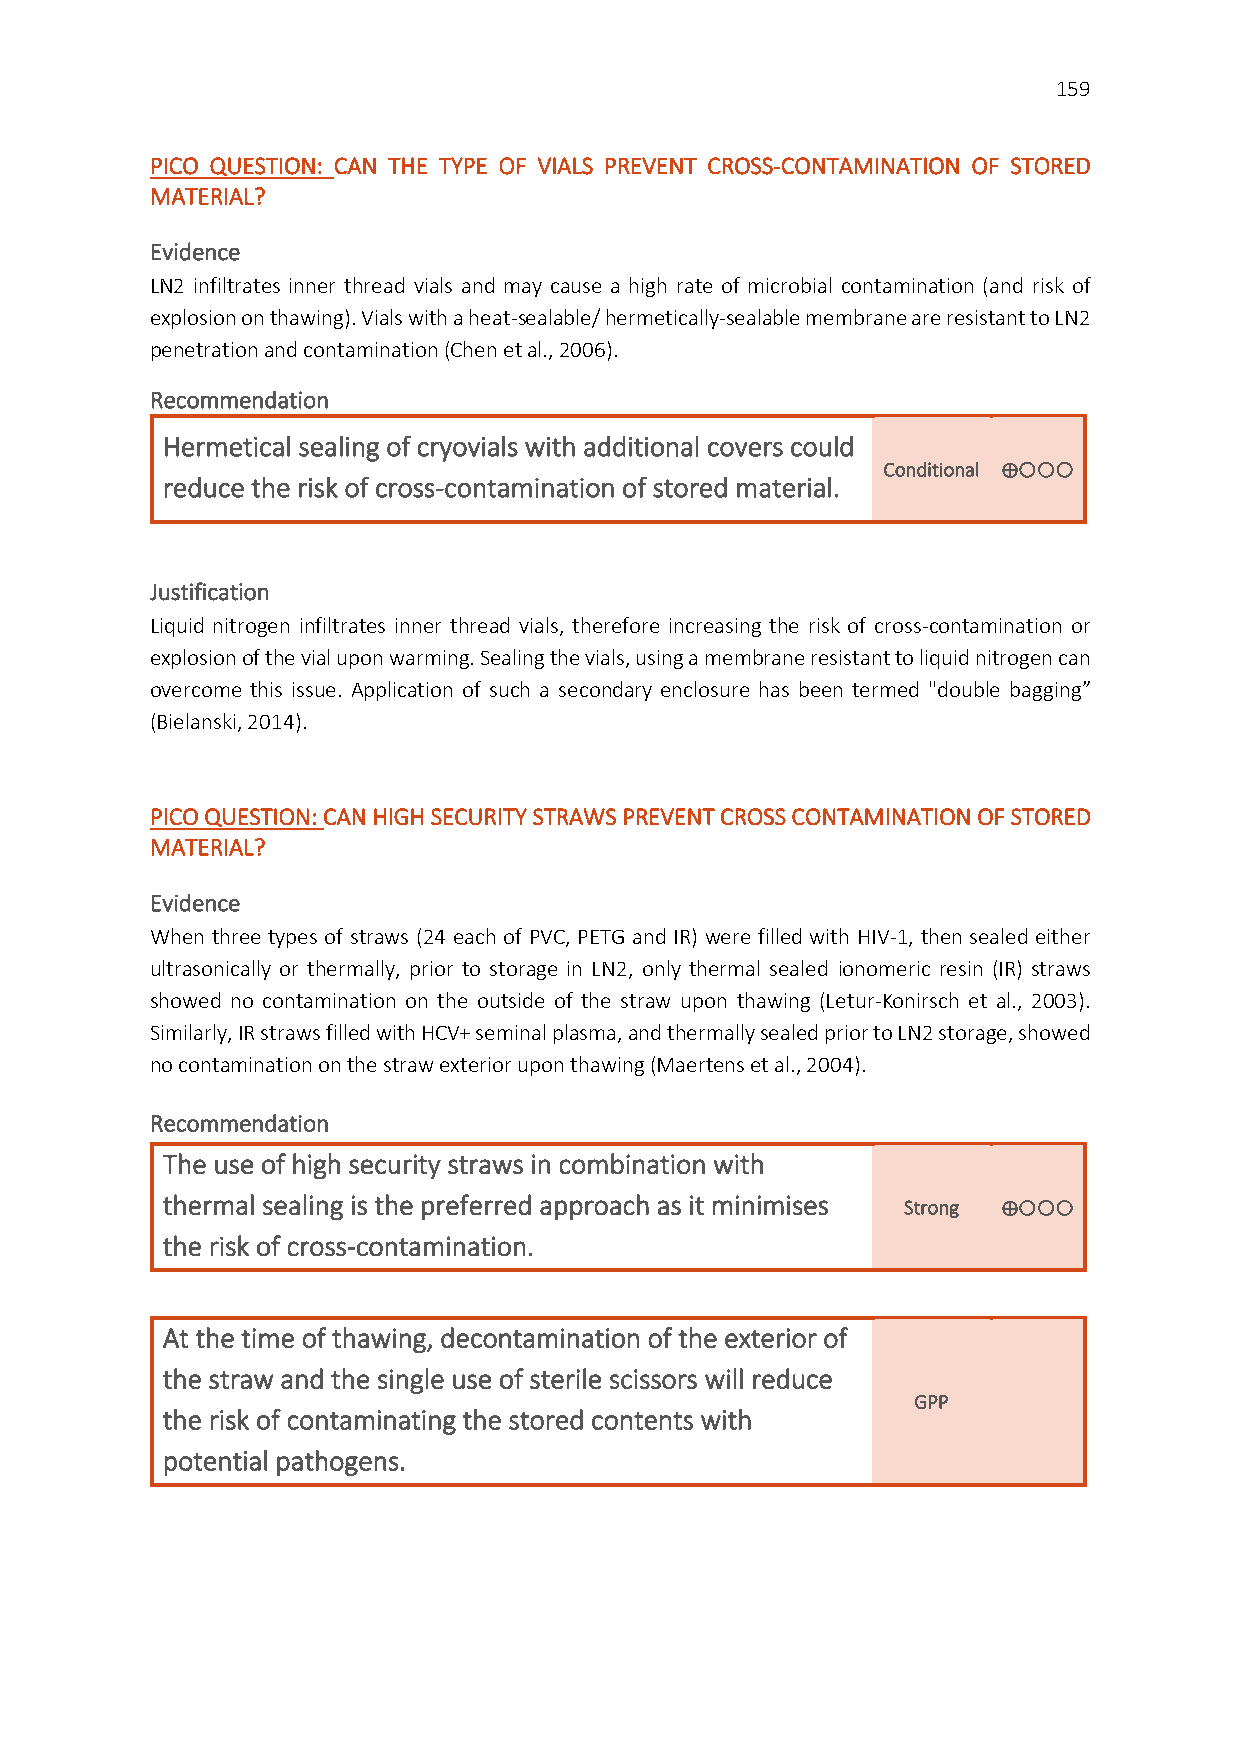
159
 PICO QUESTION: CAN THE TYPE OF VIALS PREVENT CROSS-CONTAMINATION OF STORED
 MATERIAL?
 Evidence
 LN2 infiltrates inner thread vials and may cause a high rate of microbial contamination (and risk of
 explosion on thawing). Vials with a heat-sealable/ hermetically-sealable membrane are resistant to LN2
 penetration and contamination (Chen et al., 2006).
 Recommendation
 Hermetical sealing of cryovials with additional covers could
 Conditional ⊕
 reduce the risk of cross-contamination of stored material.
 Justification
 Liquid nitrogen infiltrates inner thread vials, therefore increasing the risk of cross-contamination or
 explosion of the vial upon warming. Sealing the vials, using a membrane resistant to liquid nitrogen can
 overcome this issue. Application of such a secondary enclosure has been termed "double bagging”
 (Bielanski, 2014).
 PICO QUESTION: CAN HIGH SECURITY STRAWS PREVENT CROSS CONTAMINATION OF STORED
 MATERIAL?
 Evidence
 When three types of straws (24 each of PVC, PETG and IR) were filled with HIV-1, then sealed either
 ultrasonically or thermally, prior to storage in LN2, only thermal sealed ionomeric resin (IR) straws
 showed no contamination on the outside of the straw upon thawing (Letur-Konirsch et al., 2003).
 Similarly, IR straws filled with HCV+ seminal plasma, and thermally sealed prior to LN2 storage, showed
 no contamination on the straw exterior upon thawing (Maertens et al., 2004).
 Recommendation
 The use of high security straws in combination with
 thermal sealing is the preferred approach as it minimises Strong ⊕
 the risk of cross-contamination.
 At the time of thawing, decontamination of the exterior of
 the straw and the single use of sterile scissors will reduce
 GPP
 the risk of contaminating the stored contents with
 potential pathogens.